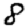
Digit: 8